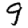
Digit: 9